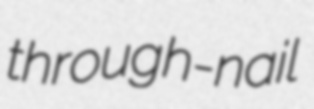
through-nail